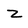
Character: z